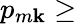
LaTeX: p_{m\mathbf{k}}\ge